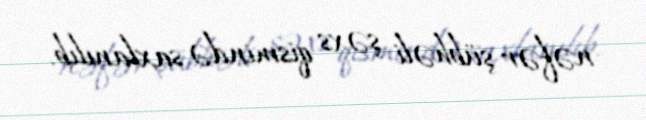
nəfər şübhəli şəxs qismində saxlanılıb.